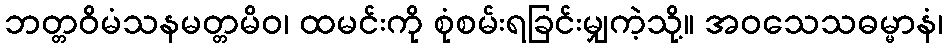
ဘတ္တဝိမံသနမတ္တမိဝ၊ ထမင်းကို စုံစမ်းရခြင်းမျှကဲ့သို့။ အဝသေသဓမ္မာနံ၊